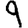
Digit: 9